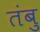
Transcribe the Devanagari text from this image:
तंबु